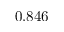
0 . 8 4 6